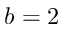
b = 2